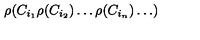
\rho ( C _ { i _ { 1 } } \rho ( C _ { i _ { 2 } } ) \dots \rho ( C _ { i _ { n } } ) \dots )